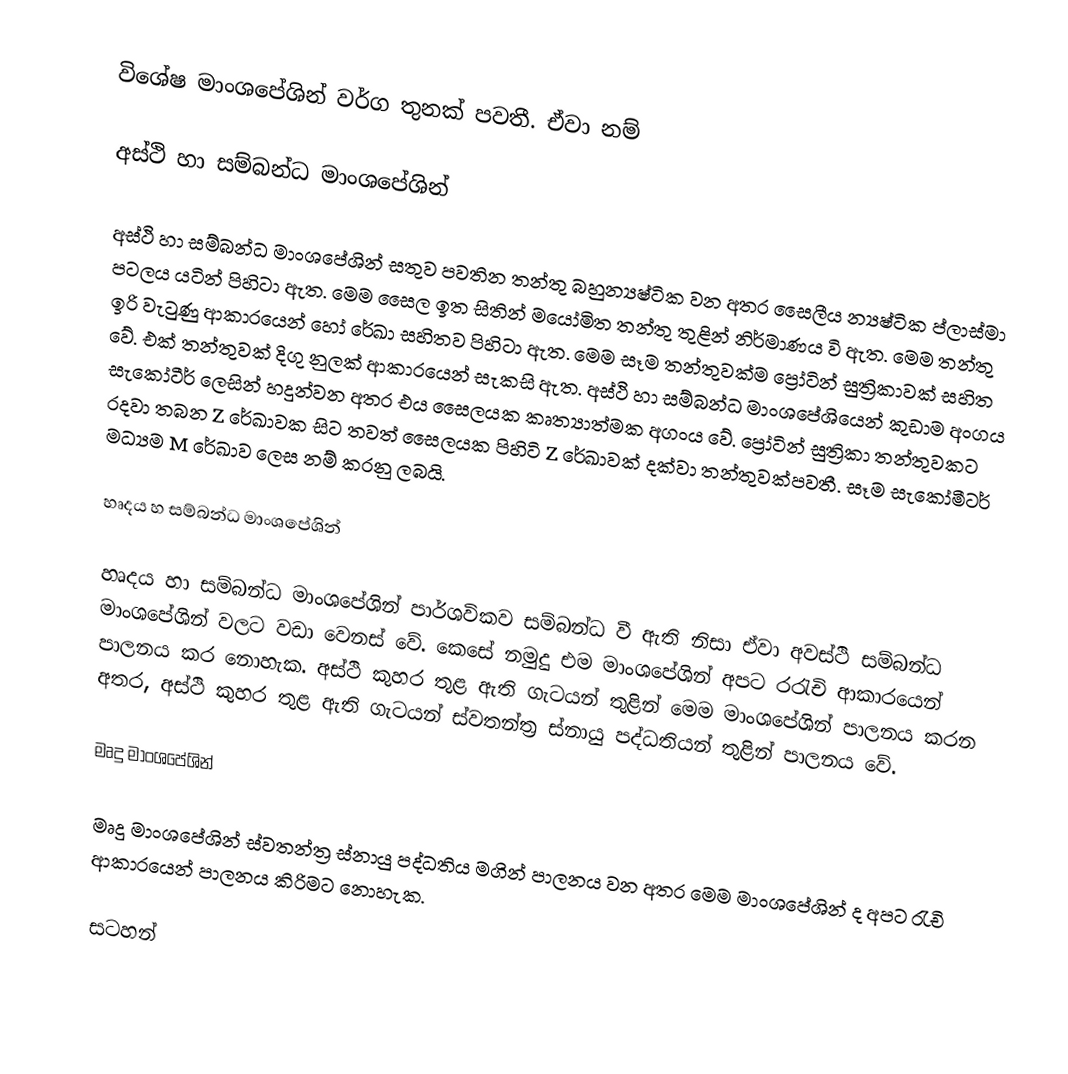
විශේෂ මාංශපේශින් වර්ග තුනක් පවතී. ඒවා නම්

අස්ථි හා සම්බන්ධ මාංශපේශින්

අස්ථි හා සම්බන්ධ මාංශපේශින් සතුව පවතින තන්තු බහුන්‍යෂ්ටික වන අතර සෛලීය න්‍යෂ්ටික ප්ලාස්මා පටලය යටින් පිහිටා ඇත. මෙම සෛල ඉත සිතින් මයෝමිත තන්තු තුළින් නිර්මාණය වි ඇත. මෙම තන්තු ඉරි වැටුණු ආකාරයෙන් හෝ රේඛා සහිතව පිහිටා ඇත. මෙම සෑම තන්තුවක්ම ප්‍රෝටින් සුත්‍රිකාවක් සහිත වේ. එක් තන්තුවක් දිගු නුලක් ආකාරයෙන් සැකසි ඇත. අස්ථි හා සම්බන්ධ මාංශපේශියෙන් කුඩාම අංගය සැකෝටීර් ලෙසින් හදුන්වන අතර එය සෛලයක කෘත්‍යාත්මක අගංය වේ. ප්‍රෝටින් සුත්‍රිකා තන්තුවකට රදවා තබන Z රේඛාවක සිට තවත් සෛලයක පිහිටි  Z රේඛාවක් දක්වා තන්තුවක්පවතී. සෑම සැකෝමීටර් මධ්‍යම M රේඛාව ලෙස නම් කරනු ලබයි.

හෘදය හ සම්බන්ධ මාංශපේශින්

හෘදය හා සම්බන්ධ මාංශපේශින් පාර්ශවිකව සම්බන්ධ වී ඇති නිසා ඒවා අවස්ථි සම්බන්ධ මාංශපේශින් වලට වඩා වෙනස් වේ. කෙසේ නමුදු එම මාංශපේශින් අපට රරැචි ආකාරයෙන් පාලනය කර නොහැක. අස්ථි කුහර තුළ ඇති ගැටයන් තුළින් මෙම මාංශපේශින් පාලනය කරන අතර, අස්ථි කුහර තුළ ඇති ගැටයන් ස්වතන්ත්‍ර ස්නායු පද්ධතියන් තුළින් පාලනය වේ.

මෘදු මාංශපේශින්

මෘදු මාංශපේශින් ස්වතන්ත්‍ර ස්නායු පද්ධතිය මගින් පාලනය වන අතර මෙම මාංශපේශින් ද අපට රැචි ආකාරයෙන් පාලනය කිරිමට නොහැක.

සටහන්